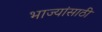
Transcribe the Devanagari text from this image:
भाज्यांसाठी